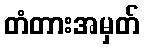
တံတားအမှတ်